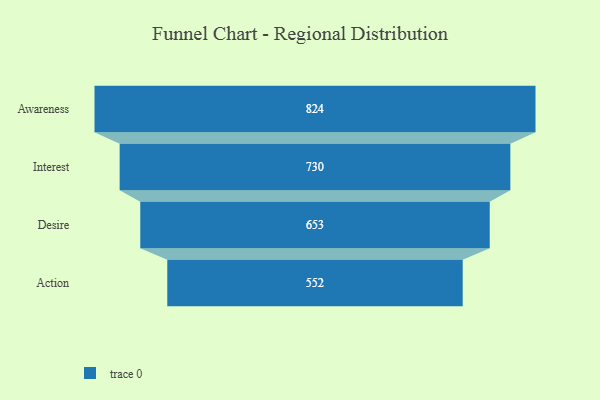
{"axis": {"x": "Stage", "y": "Value"}, "legend": [""], "data": [{"x": "Awareness", "y": 824.0, "type": ""}, {"x": "Interest", "y": 730.0, "type": ""}, {"x": "Desire", "y": 653.0, "type": ""}, {"x": "Action", "y": 552.0, "type": ""}]}